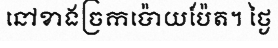
នៅខាងច្រកប៉ោយប៉ែត។ ថ្ងៃ